Civil Veterinary Department Bengal reports 1933-51 - 1933-1951
Year: 1933
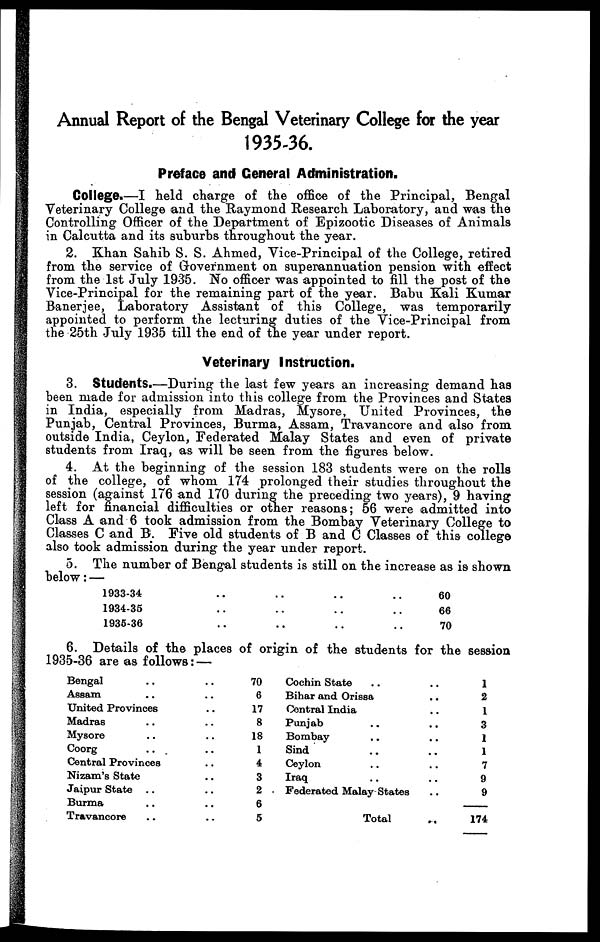
Annual Report of the Bengal Veterinary College for the year
1935-36.
Preface and General Administration.
College.—I held charge of the office of the Principal, Bengal
Veterinary College and the Raymond Research Laboratory, and was the
Controlling Officer of the Department of Epizootic Diseases of Animals
in Calcutta and its suburbs throughout the year.
2. Khan Sahib S. S. Ahmed, Vice-Principal of the College, retired
from the service of Government on superannuation pension with effect
from the 1st July 1935. No officer was appointed to fill the post of the
Vice-Principal for the remaining part of the year. Babu Kali Kumar
Banerjee, Laboratory Assistant of this College, was temporarily
appointed to perform the lecturing duties of the Vice-Principal from
the 25th July 1935 till the end of the year under report.
Veterinary Instruction.
3. Students.—During the last few years an increasing demand has
been made for admission into this college from the Provinces and States
in India, especially from Madras, Mysore, United Provinces, the
Punjab, Central Provinces, Burma, Assam, Travancore and also from
outside India, Ceylon, Federated Malay States and even of private
students from Iraq, as will be seen from the figures below.
4. At the beginning of the session 183 students were on the rolls
of the college, of whom 174 prolonged their studies throughout the
session (against 176 and 170 during the preceding two years), 9 having
left for financial difficulties or other reasons; 56 were admitted into
Class A and 6 took admission from the Bombay Veterinary College to
Classes C and B. Five old students of B and C Classes of this college
also took admission during the year under report.
5. The number of Bengal students is still on the increase as is shown
below:—
1933-34
1934-35
1935-36
..
..
..
..
..
..
..
..
..
..
..
..
60
66
70
6. Details of the places of origin of the students for the session
1935-36 are as follows : —
Bengal ..
Assam ..
United Provinces
Madras ..
Mysore ..
Coorg ..
Central Provinces
Nizam's State
Jaipur State ..
Burma ..
Travancore ..
..
..
..
..
..
..
..
..
..
..
..
70
6
17
8
18
1
4
3
2
6
5
Cochin State
Bihar and Orissa
Central India
Punjab
Bombay
Sind..
Ceylon
Iraq
Federated Malay-States
Total
..
..
..
..
..
..
..
..
..
...
1
2
1
3
1
1
7
9
9
174